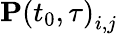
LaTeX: \mathbf{P}\left(t_{0},\tau\right)_{i,j}